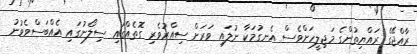
ރާއްޖޭގެ ރައްޔިތުންގެ މަޖިލީހަށްވެސް އެނގުމަކާ ނުލައި ވަރަށް ސިއްރުވެރި ގޮތެއްގައި ސިލޯނުގައި އެއްބަސްވެވުނު